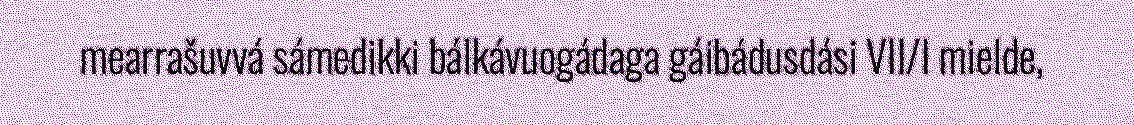
mearrašuvvá sámedikki bálkávuogádaga gáibádusdási VII/I mielde,